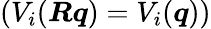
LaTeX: (V_{i}(\boldsymbol{R}\boldsymbol{q})=V_{i}(\boldsymbol{q}))